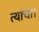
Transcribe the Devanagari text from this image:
त्यांचा।